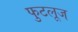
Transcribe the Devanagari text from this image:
फुटलूज